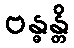
ဗန္ဓန္တိ